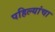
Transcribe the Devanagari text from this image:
पहिल्यांचा